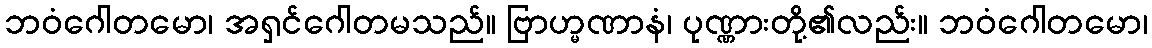
ဘဝံဂေါတမော၊ အရှင်ဂေါတမသည်။ ဗြာဟ္မဏာနံ၊ ပုဏ္ဏားတို့၏လည်း။ ဘဝံဂေါတမော၊